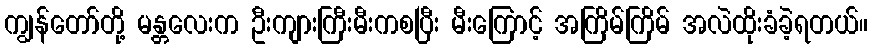
ကျွန်တော်တို့ မန္တလေးက ဦးကျားကြီးမီးကစပြီး မီးကြောင့် အကြိမ်ကြိမ် အလဲထိုးခံခဲ့ရတယ်။